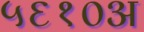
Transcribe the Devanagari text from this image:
५६१०अ